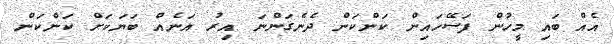
އެއް ބައި މީހުން ފަސޭހައިން ކަންކަން ދެނެގަންނަ އިރު އަނެއް ބަޔަކަށް ކަންކަން